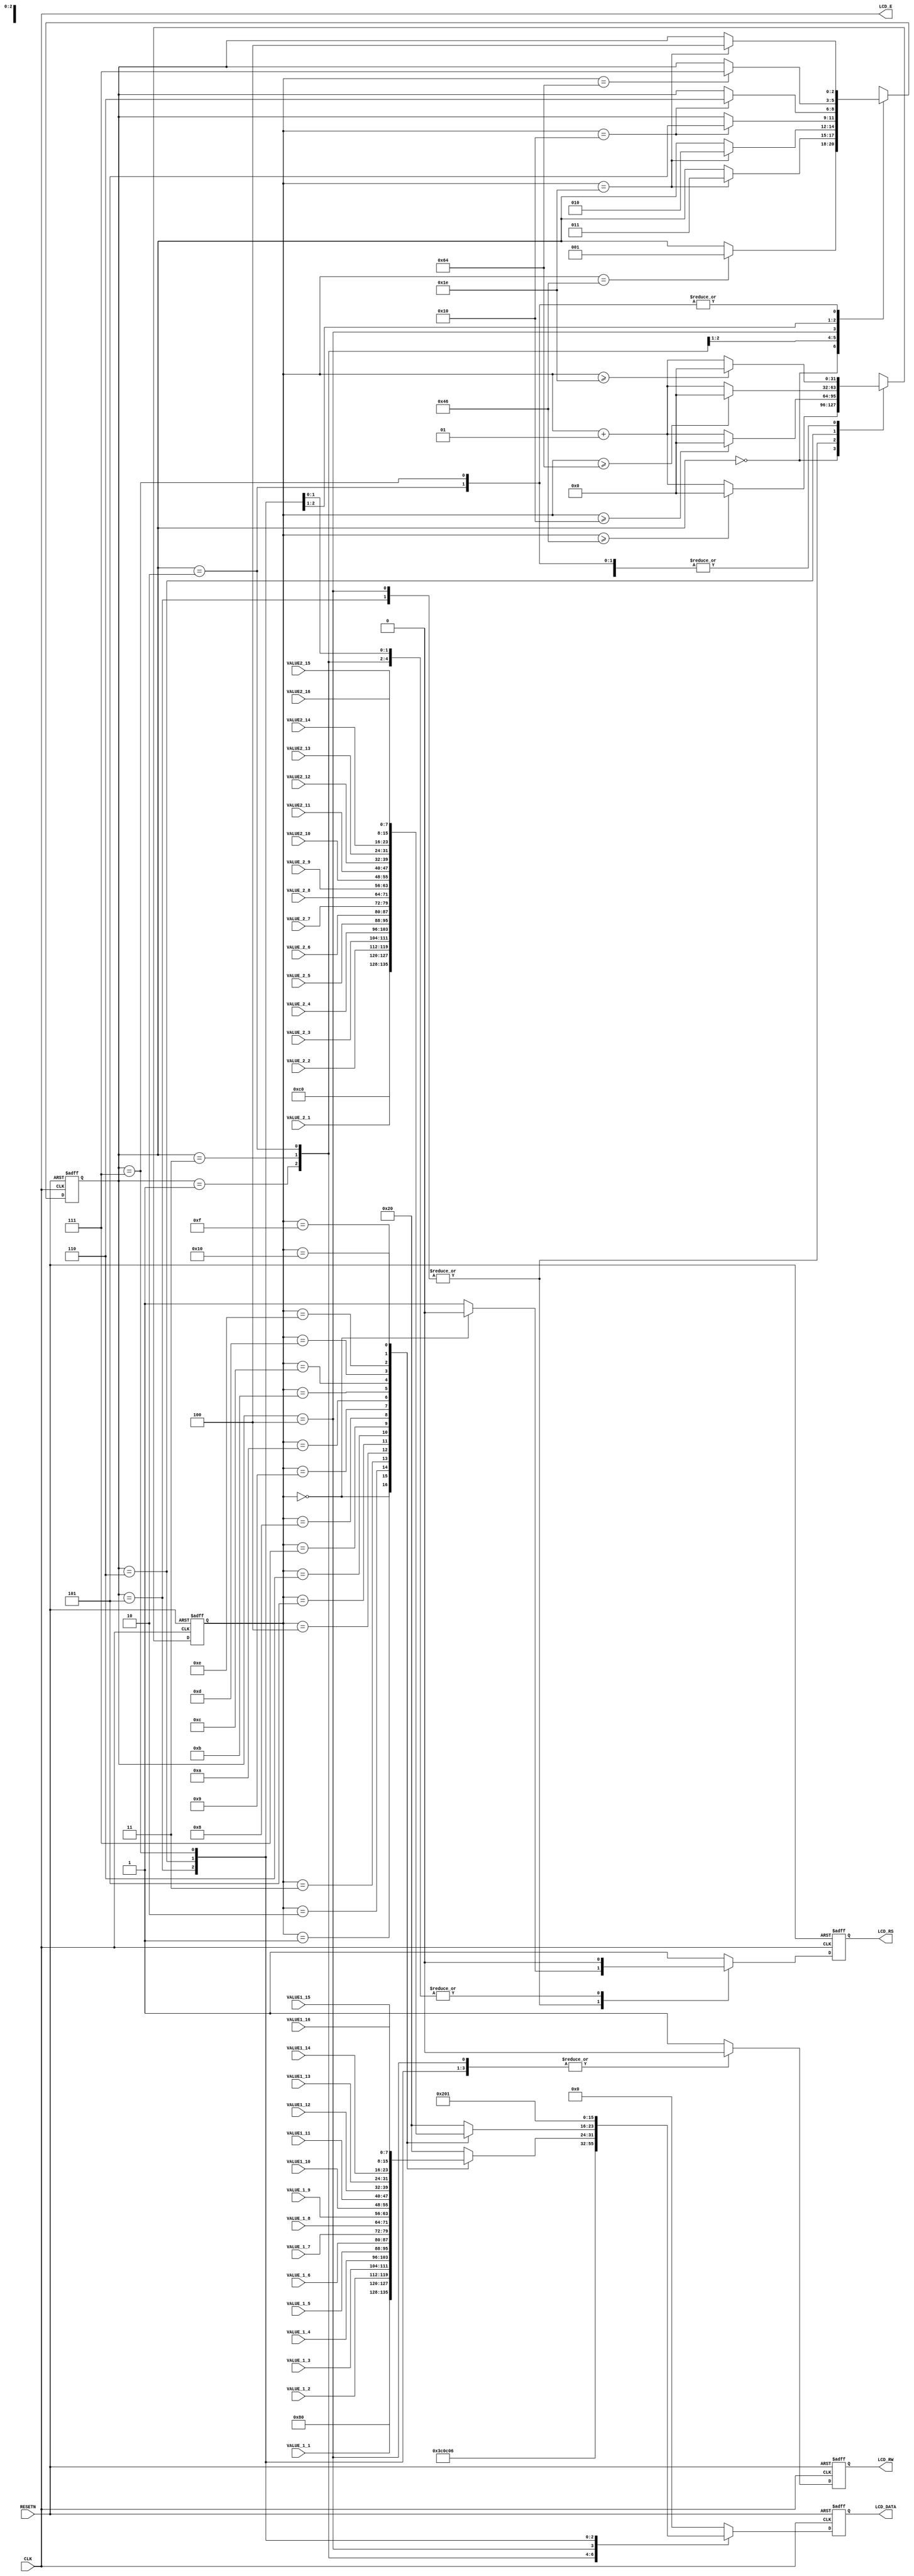
module textLCD(RESETN, CLK, LCD_E, LCD_RS, LCD_RW,LCD_DATA,
VALUE_1_1, VALUE_1_2, VALUE_1_3, VALUE_1_4, VALUE_1_5, VALUE_1_6, VALUE_1_7, VALUE_1_8, VALUE_1_9, VALUE1_10, VALUE1_11, VALUE1_12, VALUE1_13, VALUE1_14, VALUE1_15, VALUE1_16,
VALUE_2_1, VALUE_2_2, VALUE_2_3, VALUE_2_4, VALUE_2_5, VALUE_2_6, VALUE_2_7, VALUE_2_8, VALUE_2_9, VALUE2_10, VALUE2_11, VALUE2_12, VALUE2_13, VALUE2_14, VALUE2_15, VALUE2_16);
   input RESETN, CLK;
   input [7:0]  VALUE_1_1, VALUE_1_2, VALUE_1_3, VALUE_1_4, VALUE_1_5, VALUE_1_6, VALUE_1_7, VALUE_1_8, VALUE_1_9, VALUE1_10, VALUE1_11, VALUE1_12, VALUE1_13, VALUE1_14, VALUE1_15, VALUE1_16,
VALUE_2_1, VALUE_2_2, VALUE_2_3, VALUE_2_4, VALUE_2_5, VALUE_2_6, VALUE_2_7, VALUE_2_8, VALUE_2_9, VALUE2_10, VALUE2_11, VALUE2_12, VALUE2_13, VALUE2_14, VALUE2_15, VALUE2_16;
   output LCD_E, LCD_RS, LCD_RW;
   output [7:0] LCD_DATA;
   wire         LCD_E;
   reg          LCD_RS, LCD_RW;
   reg [7:0]    LCD_DATA;
   reg [2:0]    STATE;
   parameter DELAY = 3'b000, FUNCTION_SET = 3'b001,
     ENTRY_MODE = 3'b010, DISP_ONOFF = 3'b011,
     LINE1 = 3'b100, LINE2 = 3'b101,
     DELAY_T = 3'b110, CLEAR_DISP = 3'b111;
   integer      CNT;
   always @(posedge RESETN or posedge CLK)
     begin
        if (RESETN) STATE = DELAY;
        else
          begin
             case (STATE)
               DELAY : if (CNT == 70) STATE = FUNCTION_SET;
               FUNCTION_SET : if (CNT == 30) STATE = DISP_ONOFF;
               DISP_ONOFF : if (CNT == 30) STATE = ENTRY_MODE;
               ENTRY_MODE : if (CNT == 30) STATE = LINE1;
               LINE1 : if (CNT == 16) STATE = LINE2;
               LINE2 : if (CNT == 16) STATE = DELAY_T;
               DELAY_T : if (CNT == 100) STATE = CLEAR_DISP;
               CLEAR_DISP : if (CNT == 30) STATE = LINE1;
               default : STATE = DELAY;
             endcase
          end
     end
   always @(posedge RESETN or posedge CLK)
     begin
        if (RESETN) CNT = 0;
        else
          begin
             case (STATE)
               DELAY : if (CNT >= 70) CNT = 0;
               else CNT = CNT + 1;
               FUNCTION_SET : if (CNT >= 30) CNT = 0;
               else CNT = CNT + 1;
               DISP_ONOFF : if (CNT >= 30) CNT = 0;
               else CNT = CNT + 1;
               ENTRY_MODE : if (CNT >= 30) CNT = 0;
               else CNT = CNT + 1;
               LINE1 : if (CNT >= 16) CNT = 0;
               else CNT = CNT + 1;
               LINE2 : if (CNT >= 16) CNT = 0;
               else CNT = CNT + 1;
               DELAY_T : if (CNT >= 100) CNT = 0;
               else CNT = CNT + 1;
               CLEAR_DISP : if (CNT >= 30) CNT = 0;
               else CNT = CNT + 1;
               default : CNT = 0;
             endcase
          end
     end
   always @(posedge RESETN or posedge CLK)
     begin
        if (RESETN) begin
           LCD_RS = 1'b1;
           LCD_RW = 1'b1;
           LCD_DATA = 8'b00000000;
        end
        else begin
           case (STATE)
             FUNCTION_SET : begin
                LCD_RS = 1'b0; LCD_RW = 1'b0;
                LCD_DATA = 8'b00111100;
             end
             DISP_ONOFF : begin
                LCD_RS = 1'b0; LCD_RW = 1'b0;
                LCD_DATA = 8'b00001100;
             end
             ENTRY_MODE : begin
                LCD_RS = 1'b0; LCD_RW = 1'b0;
                LCD_DATA = 8'b00000110;
             end
             LINE1 : begin
                LCD_RW = 1'b0;
                case (CNT)
                  0 : begin
                     LCD_RS = 1'b0; LCD_DATA = 8'b10000000;
                  end
                  1 : begin
                     LCD_RS = 1'b1; LCD_DATA = VALUE_1_1; // T
                  end
                  2 : begin
                     LCD_RS = 1'b1; LCD_DATA = VALUE_1_2; // H
                  end
                  3 : begin
                     LCD_RS = 1'b1; LCD_DATA = VALUE_1_3; // I
                  end
                  4 : begin
                     LCD_RS = 1'b1; LCD_DATA = VALUE_1_4; // S
                  end
                  5 : begin
                     LCD_RS = 1'b1; LCD_DATA = VALUE_1_5; //
                  end
                  6 : begin
                     LCD_RS = 1'b1; LCD_DATA = VALUE_1_6; // I
                  end
                  7 : begin
                     LCD_RS = 1'b1; LCD_DATA = VALUE_1_7; // S
                  end
                  8 : begin
                     LCD_RS = 1'b1; LCD_DATA = VALUE_1_8; //
                  end
                  9 : begin
                     LCD_RS = 1'b1; LCD_DATA = VALUE_1_9; //
                  end
                  10 : begin
                     LCD_RS = 1'b1; LCD_DATA = VALUE1_10; //
                  end
                  11 : begin
                     LCD_RS = 1'b1; LCD_DATA = VALUE1_11; //
                  end
                  12 : begin
                     LCD_RS = 1'b1; LCD_DATA = VALUE1_12; //
                  end
                  13 : begin
                     LCD_RS = 1'b1; LCD_DATA = VALUE1_13; //
                  end
                  14 : begin
                     LCD_RS = 1'b1; LCD_DATA = VALUE1_14; //
                  end
                  15 : begin
                     LCD_RS = 1'b1; LCD_DATA = VALUE1_15; //
                  end
                  16 : begin
                     LCD_RS = 1'b1; LCD_DATA = VALUE1_16; //
                  end
                  default : begin
                     LCD_RS = 1'b1; LCD_DATA = 8'b00100000;
                  end
                endcase

             end
             LINE2 : begin
                LCD_RW = 1'b0;
                case (CNT)
                  0 : begin
                     LCD_RS = 1'b0; LCD_DATA = 8'b11000000;
                  end
                  1 : begin
                     LCD_RS = 1'b1; LCD_DATA = VALUE_2_1; // T
                  end
                  2 : begin
                     LCD_RS = 1'b1; LCD_DATA = VALUE_2_2; // E
                  end
                  3 : begin
                     LCD_RS = 1'b1; LCD_DATA = VALUE_2_3; // X
                  end
                  4 : begin
                     LCD_RS = 1'b1; LCD_DATA = VALUE_2_4; // T
                  end
                  5 : begin
                     LCD_RS = 1'b1; LCD_DATA = VALUE_2_5; //
                  end
                  6 : begin
                     LCD_RS = 1'b1; LCD_DATA = VALUE_2_6; // L
                  end
                  7 : begin
                     LCD_RS = 1'b1; LCD_DATA = VALUE_2_7; // C
                  end
                  8 : begin
                     LCD_RS = 1'b1; LCD_DATA = VALUE_2_8; // D
                  end
                  9 : begin
                     LCD_RS = 1'b1; LCD_DATA = VALUE_2_9; //
                  end
                  10 : begin
                     LCD_RS = 1'b1; LCD_DATA = VALUE2_10; // E
                  end
                  11 : begin
                     LCD_RS = 1'b1; LCD_DATA = VALUE2_11; // X
                  end
                  12 : begin
                     LCD_RS = 1'b1; LCD_DATA = VALUE2_12; // A
                  end
                  13 : begin
                     LCD_RS = 1'b1; LCD_DATA = VALUE2_13; // M
                  end
                  14 : begin
                     LCD_RS = 1'b1; LCD_DATA = VALUE2_14; // P
                  end
                  15 : begin
                     LCD_RS = 1'b1; LCD_DATA = VALUE2_15; // L
                  end
                  16 : begin
                     LCD_RS = 1'b1; LCD_DATA = VALUE2_16; // E
                  end
                  default : begin
                     LCD_RS = 1'b1; LCD_DATA = 8'b00100000;
                  end
                endcase
             end
             DELAY_T : begin
                LCD_RS = 1'b0; LCD_RW = 1'b0;
                LCD_DATA = 8'b00000010;
             end
             CLEAR_DISP : begin
                LCD_RS = 1'b0; LCD_RW = 1'b0;
                LCD_DATA = 8'b00000001;
             end
             default : begin
                LCD_RS = 1'b1; LCD_RW = 1'b1;
                LCD_DATA = 8'b00000000;
             end
           endcase
        end
     end
   assign LCD_E = CLK;
endmodule